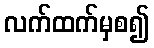
လက်ထက်မှစ၍